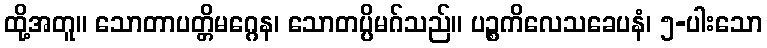
ထို့အတူ။ သောတာပတ္တိမဂ္ဂေန၊ သောတပ္ပိမဂ်သည်။ ပဉ္စကိလေသခေပနံ၊ ၅-ပါးသော